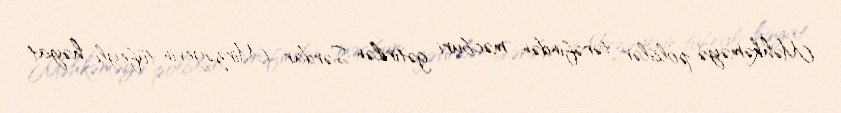
Məhkəməyə polislər tərəfindən məcburi gətirilən Sərdar Mirzəyevin tüfeyli həyat